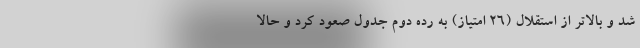
شد و بالاتر از استقلال (26 امتیاز) به رده دوم جدول صعود کرد و حالا